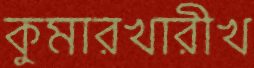
কুমারখারীখ